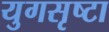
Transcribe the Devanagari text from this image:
युगसृष्टा